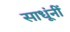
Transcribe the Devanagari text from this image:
साधूंनीं